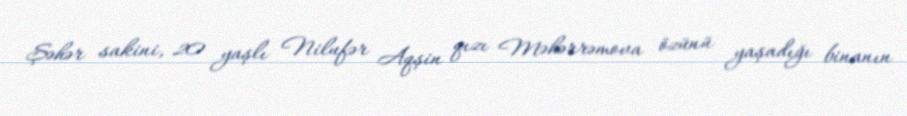
Şəhər sakini, 20 yaşlı Nilufər Aqşin qızı Məhərrəmova özünü yaşadığı binanın